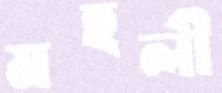
মহলী